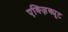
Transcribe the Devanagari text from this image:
एक्ज़िक्यूट